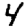
Digit: 4